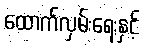
ထောက်လှမ်းရေးနှင့်